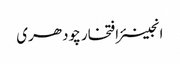
انجینئر افتخار چودھری